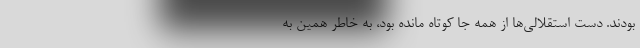
بودند. دست استقلالی‌ها از همه جا کوتاه مانده بود، به خاطر همین به